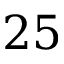
2 5